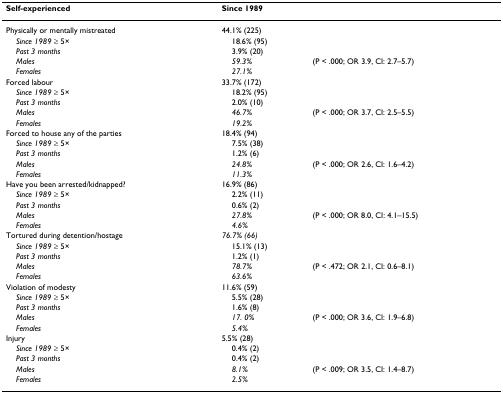
<table><thead><tr><td><b>Self-experienced</b></td><td><b>Since 1989</b></td><td></td></tr></thead><tbody><tr><td>Physically or mentally mistreated</td><td>44.1% (225)</td><td></td></tr><tr><td> <i>Since 1989 </i>≥ 5×</td><td> 18.6% (95)</td><td></td></tr><tr><td> <i>Past 3 months</i></td><td> 3.9% (20)</td><td></td></tr><tr><td> <i>Males</i></td><td> <i>59.3%</i></td><td>(P &lt; .000; OR 3.9, CI: 2.7–5.7)</td></tr><tr><td> <i>Females</i></td><td> <i>27.1%</i></td><td></td></tr><tr><td>Forced labour</td><td>33.7% (172)</td><td></td></tr><tr><td> <i>Since 1989 </i>≥ 5×</td><td> 18.2% (95)</td><td></td></tr><tr><td> <i>Past 3 months</i></td><td> 2.0% (10)</td><td></td></tr><tr><td> <i>Males</i></td><td> <i>46.7%</i></td><td>(P &lt; .000; OR 3.7, CI: 2.5–5.5)</td></tr><tr><td> <i>Females</i></td><td> <i>19.2%</i></td><td></td></tr><tr><td>Forced to house any of the parties</td><td>18.4% (94)</td><td></td></tr><tr><td> <i>Since 1989 </i>≥ 5×</td><td> 7.5% (38)</td><td></td></tr><tr><td> <i>Past 3 months</i></td><td> 1.2% (6)</td><td></td></tr><tr><td> <i>Males</i></td><td> <i>24.8%</i></td><td>(P &lt; .000; OR 2.6, CI: 1.6–4.2)</td></tr><tr><td> <i>Females</i></td><td> <i>11.3%</i></td><td></td></tr><tr><td>Have you been arrested/kidnapped?</td><td>16.9% (86)</td><td></td></tr><tr><td> <i>Since 1989 </i>≥ 5×</td><td> 2.2% (11)</td><td></td></tr><tr><td> <i>Past 3 months</i></td><td> 0.6% (2)</td><td></td></tr><tr><td> <i>Males</i></td><td> <i>27.8%</i></td><td>(P &lt; .000; OR 8.0, CI: 4.1–15.5)</td></tr><tr><td> <i>Females</i></td><td> <i>4.6%</i></td><td></td></tr><tr><td>Tortured during detention/hostage</td><td><i>76.7% (66)</i></td><td></td></tr><tr><td> <i>Since 1989 </i>≥ 5×</td><td> 15.1% (13)</td><td></td></tr><tr><td> <i>Past 3 months</i></td><td> 1.2% (1)</td><td></td></tr><tr><td> <i>Males</i></td><td> <i>78.7%</i></td><td>(P &lt; .472; OR 2.1, CI: 0.6–8.1)</td></tr><tr><td> <i>Females</i></td><td> <i>63.6%</i></td><td></td></tr><tr><td>Violation of modesty</td><td>11.6% (59)</td><td></td></tr><tr><td> <i>Since 1989 </i>≥ 5×</td><td> 5.5% (28)</td><td></td></tr><tr><td> <i>Past 3 months</i></td><td> 1.6% (8)</td><td></td></tr><tr><td> <i>Males</i></td><td> <i>17. 0%</i></td><td>(P &lt; .000; OR 3.6, CI: 1.9–6.8)</td></tr><tr><td> <i>Females</i></td><td> <i>5.4%</i></td><td></td></tr><tr><td>Injury</td><td>5.5% (28)</td><td></td></tr><tr><td> <i>Since 1989 </i>≥ 5×</td><td> 0.4% (2)</td><td></td></tr><tr><td> <i>Past 3 months</i></td><td> 0.4% (2)</td><td></td></tr><tr><td> <i>Males</i></td><td> <i>8.1%</i></td><td>(P &lt; .009; OR 3.5, CI: 1.4–8.7)</td></tr><tr><td> <i>Females</i></td><td> <i>2.5%</i></td><td></td></tr></tbody></table>